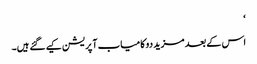
‘
اس کے بعد مزید دو کامیاب آپریشن کیے گئے ہیں۔